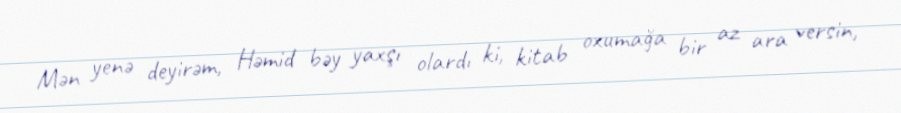
Mən yenə deyirəm, Həmid bəy yaxşı olardı ki, kitab oxumağa bir az ara versin,